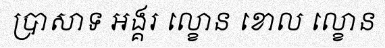
ប្រាសាទ អង្គរ ល្ខោន ខោល ល្ខោន